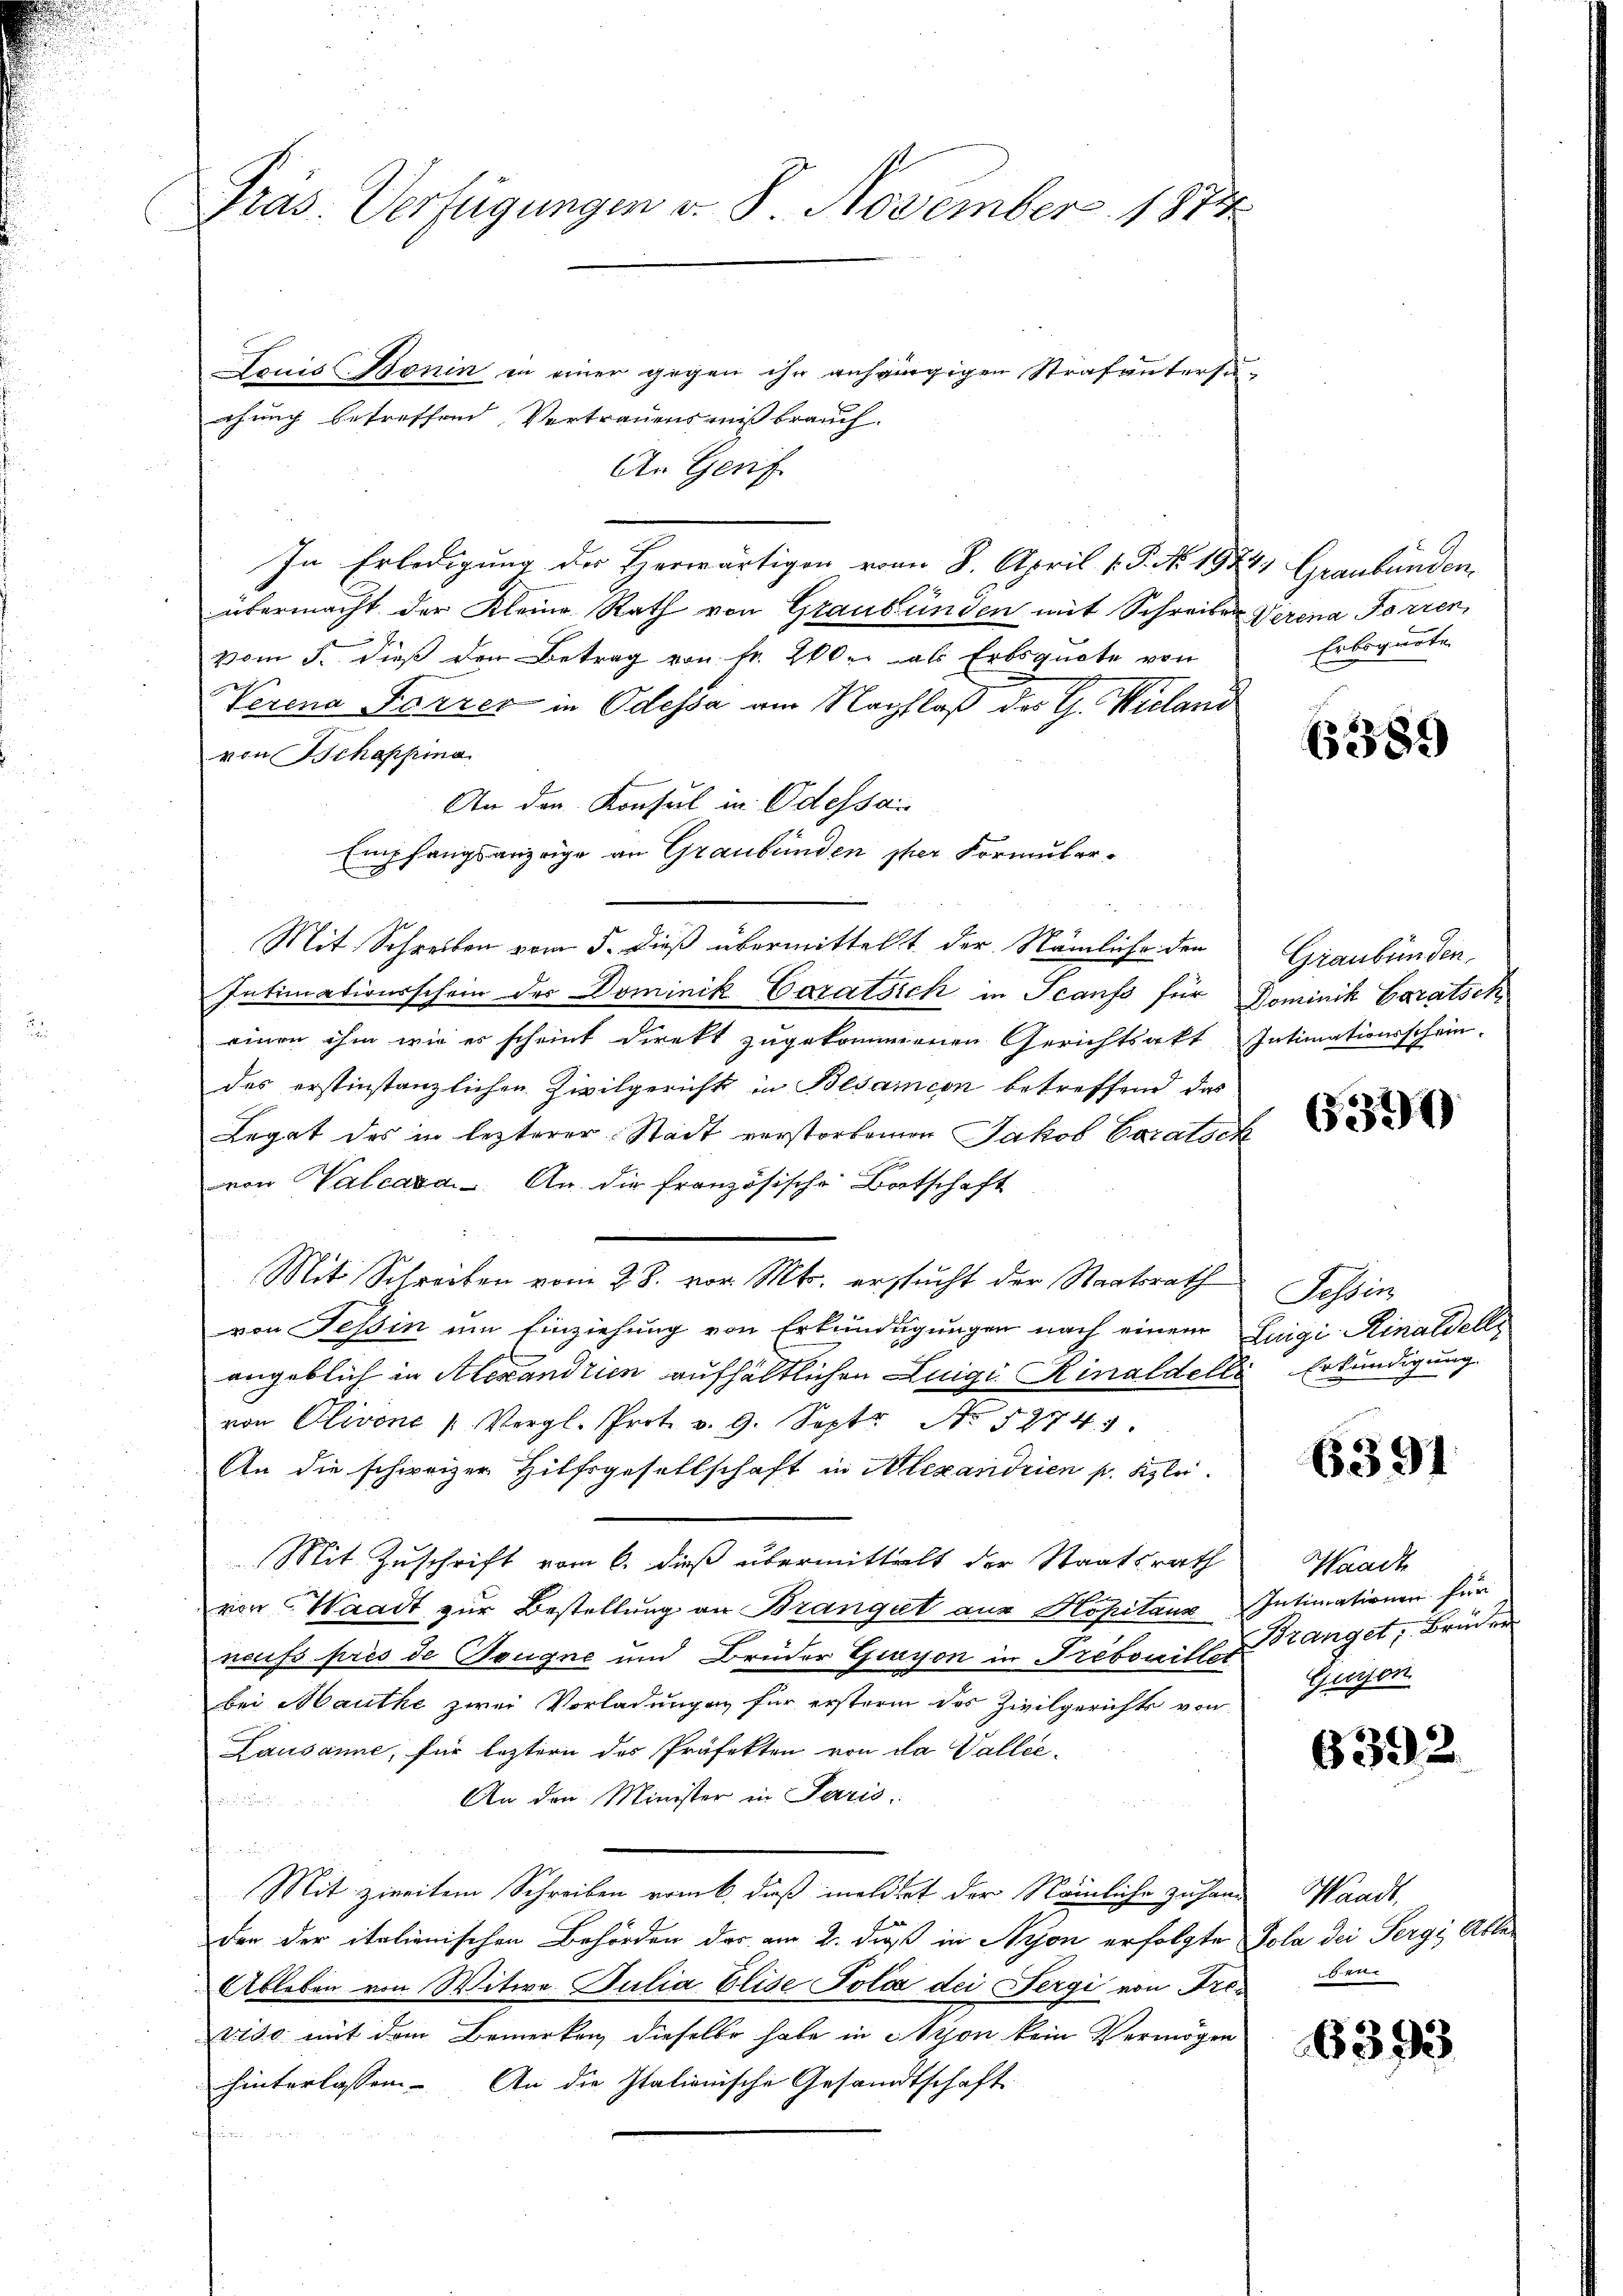
Gras Verfügungen v. 8. November 1884

Louis Bonin in einer gegen ihr anhängigen Strafuntersuchung betreffend Vertrauens mißbrauch.
An Genf.
In Erledigung der Herwärtigen vom 8. April 1. P. No. 1924. Graubünden
übermacht der Kleine Rath von Graubünden mit Schreiben Verena Forren,
n
vom 5. dieß den Betrag von fr. 200. als Erbsquote von
Verena Forrer in Odessa am Nachflaß des G. Wieland
von Schappina
An den Konsul in Odessai
Empfangsanzeige an Graubünden per Formular-
Mit Schreiben vom 5. Dieß übermittelt der Nämliche den
Intimationsschein der Dominik Caratsich in Scanfs für Dominik Garatsch
einen ihm wie es scheint direkt zugekommenen Gerichtsakt Intimationsschein.
des erstinstanzlichen Zivilgericht in Besamcon betreffend das
Legat des in lezterer Stadt verstorbenen Jakob Coratsch
von Valcara. An die französische Botschaft
Mit Schreiben vom 28. vor. Mts. ersucht der Staatsrath
von Tessin um Einziehung von Erkundigungen nach einem Luigi Hinaldells
angeblich in Alexandrien aufhältlichen Luigi Rinaldelle
von Olivone Vergl. Prot. v. 9. Sept No. 52741
An die schweizer Hilfsgesellschaft in Alexandrien pr. Klei
Mit Zuschrift vom 6. dieß übermittelt der Staatsrath
von Waadt zur Bestellung an Brangut aus Hopitaux Intimationen für
neciss prés de Tougne und Brüder Grasson in Prebonister anget, Brüder
bei Mauthe zwei Vorladungen für ersterm des Zivilgerichts von
Lausanne, für leztern das Präfekten von da Vallee-
An den Minister in Paris.
t

Mit zweitem Schreiben rank, dieß meldtet der Nämliche zu handen der italienischen Behörden der am 2. daß in Nyon erfolgte Pola dei Sergi Able¬
Ableben von Witwe Julia Elise Polai der Fergi von Arcsben
viso mit dem Bemerken, dieselbe habe in Schon kein Vermögen
hinterlassen. An die Italienische Gesandtschaft

Erbsquote

6389

Graubünden.

6390

Fesser
Erkundigung.

6391

Waadt
Gusson

6392

Waadt.

6393